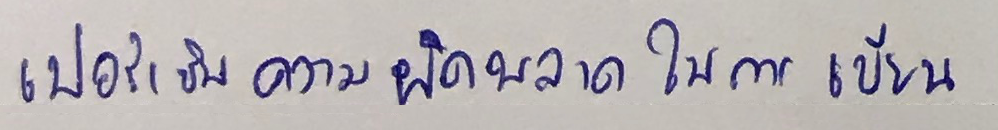
เปอร์เซ็นความผิดพลาดในการเขียน